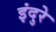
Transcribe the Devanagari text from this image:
इंदुरे